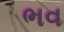
ભવ